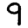
Digit: 9